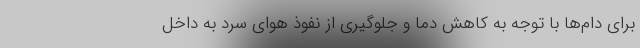
برای دام‌ها با توجه به کاهش دما و جلوگیری از نفوذ هوای سرد به داخل